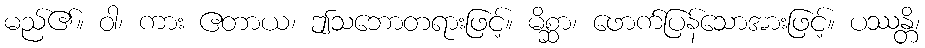
မည်၏။ ဝါ၊ ကား ဧတာယ၊ ဤသဘောတရားဖြင့်။ မိစ္ဆာ၊ ဖောက်ပြန်သောအားဖြင့်။ ပဿန္တိ၊